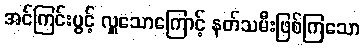
အင်ကြင်းပွင့် လှူသောကြောင့် နတ်သမီးဖြစ်ကြသော